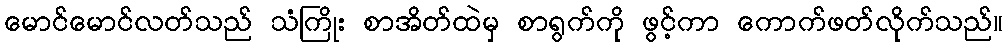
မောင်မောင်လတ်သည် သံကြိုး စာအိတ်ထဲမှ စာရွက်ကို ဖွင့်ကာ ကောက်ဖတ်လိုက်သည်။